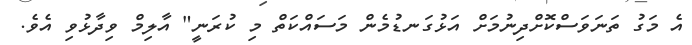
އެ މަގު ތަނަވަސްކޮށްދިނުމަށް އަޅުގަނޑުމެން މަސައްކަތް މި ކުރަނީ" އާލިމް ވިދާޅުވި އެވެ.